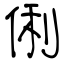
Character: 俐